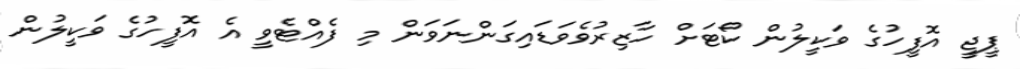
ޕީޖީ އޮފީހުގެ ވަކީލުން ކޯޓަށް ހާޒިރުވެވަޑައިގަންނަވަން މި ފެއްޓެވީ އެ އޮފީހުގެ ވަކީލުން